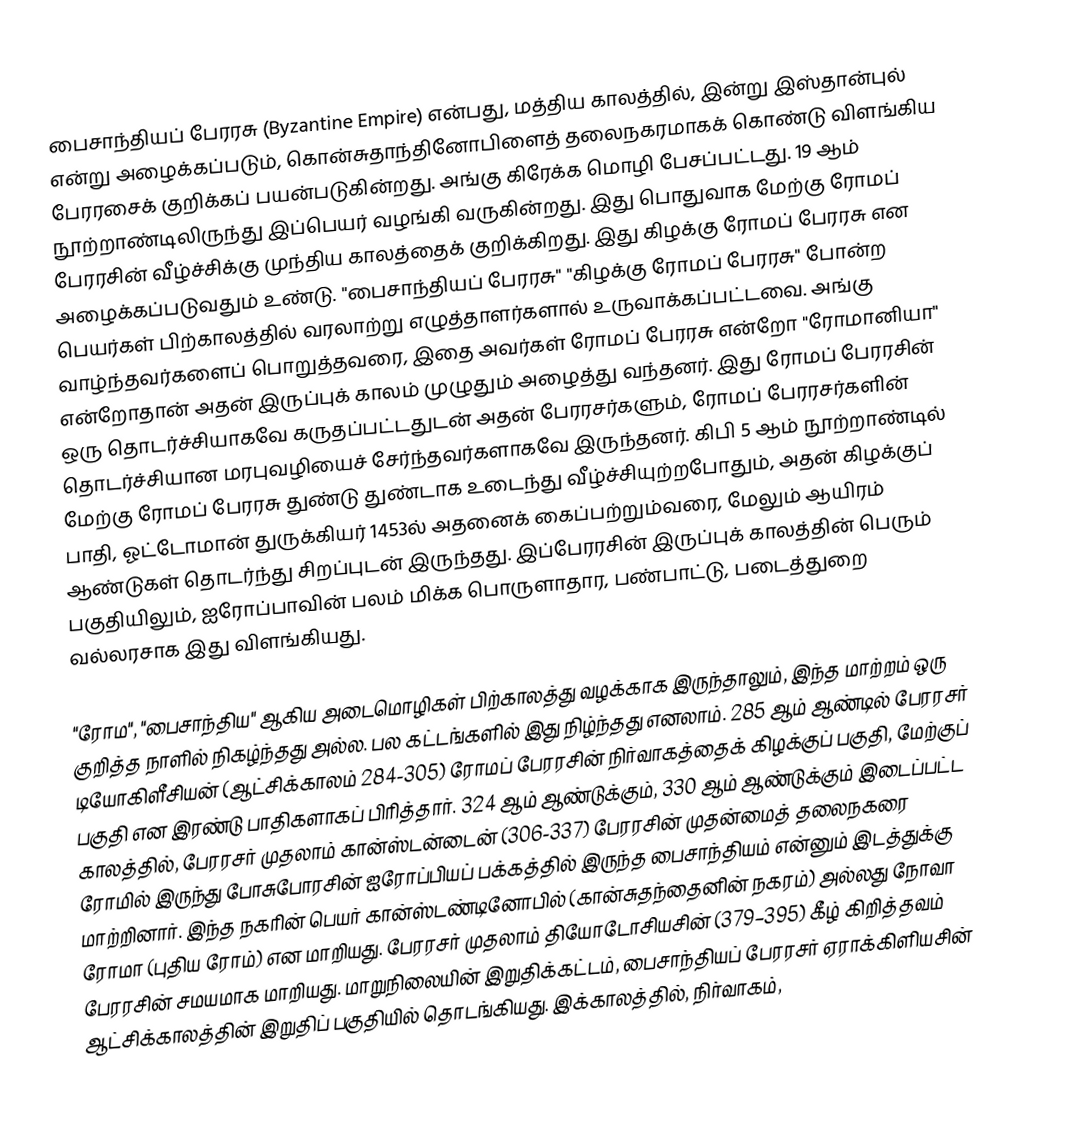
பைசாந்தியப் பேரரசு (Byzantine Empire) என்பது, மத்திய காலத்தில், இன்று இஸ்தான்புல் என்று அழைக்கப்படும், கொன்சுதாந்தினோபிளைத் தலைநகரமாகக் கொண்டு விளங்கிய பேரரசைக் குறிக்கப் பயன்படுகின்றது. அங்கு கிரேக்க மொழி பேசப்பட்டது. 19 ஆம் நூற்றாண்டிலிருந்து இப்பெயர் வழங்கி வருகின்றது. இது பொதுவாக மேற்கு ரோமப் பேரரசின் வீழ்ச்சிக்கு முந்திய காலத்தைக் குறிக்கிறது. இது கிழக்கு ரோமப் பேரரசு என அழைக்கப்படுவதும் உண்டு. "பைசாந்தியப் பேரரசு" "கிழக்கு ரோமப் பேரரசு" போன்ற பெயர்கள் பிற்காலத்தில் வரலாற்று எழுத்தாளர்களால் உருவாக்கப்பட்டவை. அங்கு வாழ்ந்தவர்களைப் பொறுத்தவரை, இதை அவர்கள் ரோமப் பேரரசு என்றோ "ரோமானியா" என்றோதான் அதன் இருப்புக் காலம் முழுதும் அழைத்து வந்தனர். இது ரோமப் பேரரசின் ஒரு தொடர்ச்சியாகவே கருதப்பட்டதுடன் அதன் பேரரசர்களும், ரோமப் பேரரசர்களின் தொடர்ச்சியான மரபுவழியைச் சேர்ந்தவர்களாகவே இருந்தனர். கிபி 5 ஆம் நூற்றாண்டில் மேற்கு ரோமப் பேரரசு துண்டு துண்டாக உடைந்து வீழ்ச்சியுற்றபோதும், அதன் கிழக்குப் பாதி, ஓட்டோமான் துருக்கியர் 1453ல் அதனைக் கைப்பற்றும்வரை, மேலும் ஆயிரம் ஆண்டுகள் தொடர்ந்து சிறப்புடன் இருந்தது. இப்பேரரசின் இருப்புக் காலத்தின் பெரும் பகுதியிலும், ஐரோப்பாவின் பலம் மிக்க பொருளாதார, பண்பாட்டு, படைத்துறை வல்லரசாக இது விளங்கியது.

"ரோம", "பைசாந்திய" ஆகிய அடைமொழிகள் பிற்காலத்து வழக்காக இருந்தாலும், இந்த மாற்றம் ஒரு குறித்த நாளில் நிகழ்ந்தது அல்ல. பல கட்டங்களில் இது நிழ்ந்தது எனலாம். 285 ஆம் ஆண்டில் பேரரசர் டியோகிளீசியன் (ஆட்சிக்காலம் 284-305) ரோமப் பேரரசின் நிர்வாகத்தைக் கிழக்குப் பகுதி, மேற்குப் பகுதி என இரண்டு பாதிகளாகப் பிரித்தார். 324 ஆம் ஆண்டுக்கும், 330 ஆம் ஆண்டுக்கும் இடைப்பட்ட காலத்தில், பேரரசர் முதலாம் கான்ஸ்டன்டைன் (306-337) பேரரசின் முதன்மைத் தலைநகரை ரோமில் இருந்து போசுபோரசின் ஐரோப்பியப் பக்கத்தில் இருந்த பைசாந்தியம் என்னும் இடத்துக்கு மாற்றினார். இந்த நகரின் பெயர் கான்ஸ்டண்டினோபில் (கான்சுதந்தைனின் நகரம்) அல்லது நோவா ரோமா (புதிய ரோம்) என மாறியது. பேரரசர் முதலாம் தியோடோசியசின் (379–395) கீழ் கிறித்தவம் பேரரசின் சமயமாக மாறியது. மாறுநிலையின் இறுதிக்கட்டம், பைசாந்தியப் பேரரசர் ஏராக்கிளியசின் ஆட்சிக்காலத்தின் இறுதிப் பகுதியில் தொடங்கியது. இக்காலத்தில், நிர்வாகம்,